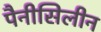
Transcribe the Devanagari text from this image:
पैनीसिलीन